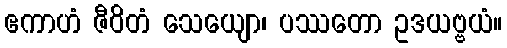
ဧကာဟံ ဇီဝိတံ သေယျော၊ ပဿတော ဥဒယဗ္ဗယံ။